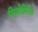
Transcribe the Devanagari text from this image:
सिजोफ्रिनिक